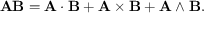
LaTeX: \mathbf { A } \mathbf { B } = \mathbf { A } \cdot \mathbf { B } + \mathbf { A } \times \mathbf { B } + \mathbf { A } \wedge \mathbf { B } .